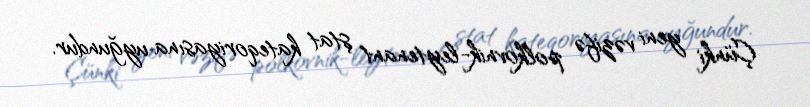
Çünki yeni vəzifə polkovnik-leytenant ştat kateqoriyasına uyğundur.